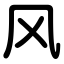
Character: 风